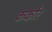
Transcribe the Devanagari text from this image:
कर्कोर